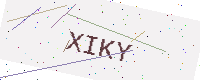
Text: XIKY